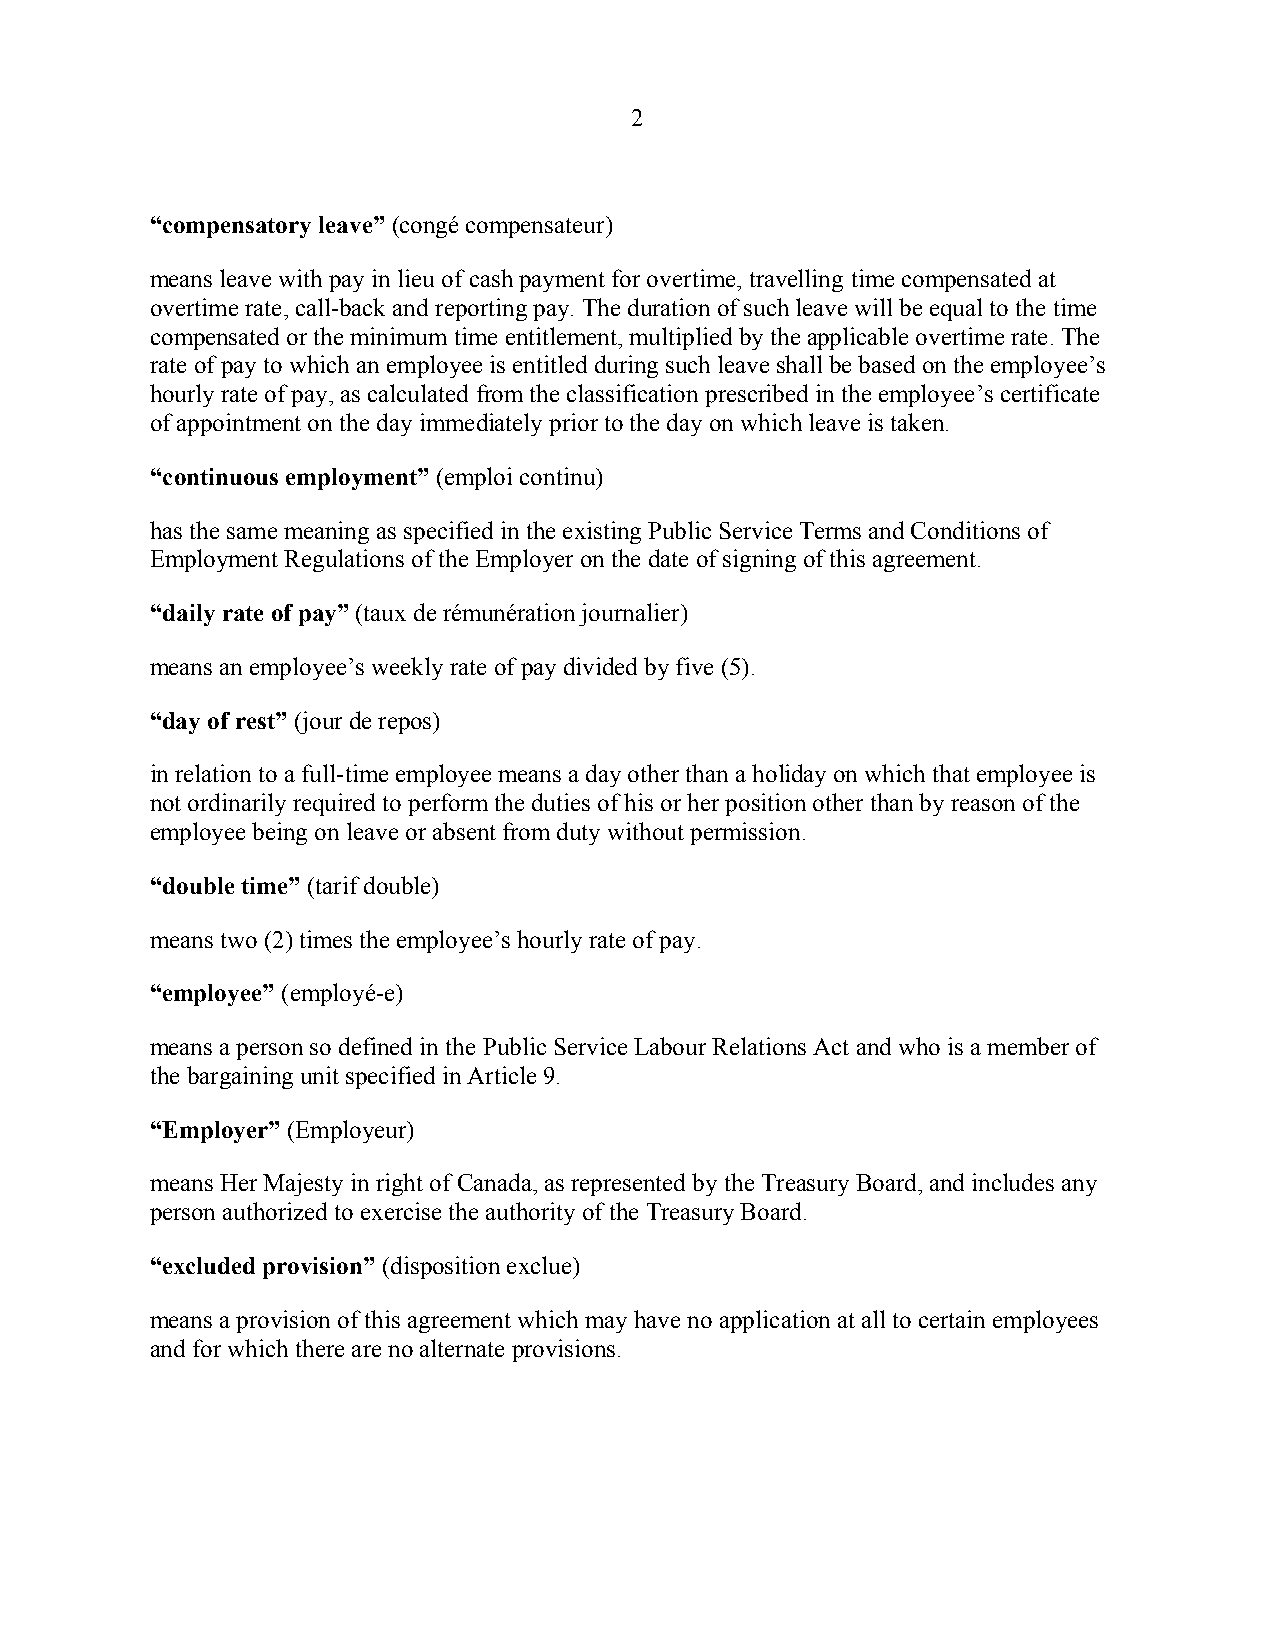
2
 “compensatory leave” (congé compensateur)
 means leave with pay in lieu of cash payment for overtime, travelling time compensated at
 overtime rate, call-back and reporting pay. The duration of such leave will be equal to the time
 compensated or the minimum time entitlement, multiplied by the applicable overtime rate. The
 rate of pay to which an employee is entitled during such leave shall be based on the employee’s
 hourly rate of pay, as calculated from the classification prescribed in the employee’s certificate
 of appointment on the day immediately prior to the day on which leave is taken.
 “continuous employment” (emploi continu)
 has the same meaning as specified in the existing Public Service Terms and Conditions of
 Employment Regulations of the Employer on the date of signing of this agreement.
 “daily rate of pay” (taux de rémunération journalier)
 means an employee’s weekly rate of pay divided by five (5).
 “day of rest” (jour de repos)
 in relation to a full-time employee means a day other than a holiday on which that employee is
 not ordinarily required to perform the duties of his or her position other than by reason of the
 employee being on leave or absent from duty without permission.
 “double time” (tarif double)
 means two (2) times the employee’s hourly rate of pay.
 “employee” (employé-e)
 means a person so defined in the Public Service Labour Relations Act and who is a member of
 the bargaining unit specified in Article 9.
 “Employer” (Employeur)
 means Her Majesty in right of Canada, as represented by the Treasury Board, and includes any
 person authorized to exercise the authority of the Treasury Board.
 “excluded provision” (disposition exclue)
 means a provision of this agreement which may have no application at all to certain employees
 and for which there are no alternate provisions.